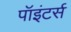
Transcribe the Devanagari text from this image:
पॉइंटर्स